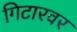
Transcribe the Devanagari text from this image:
गिटारवर